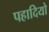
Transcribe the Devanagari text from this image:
पहादियो